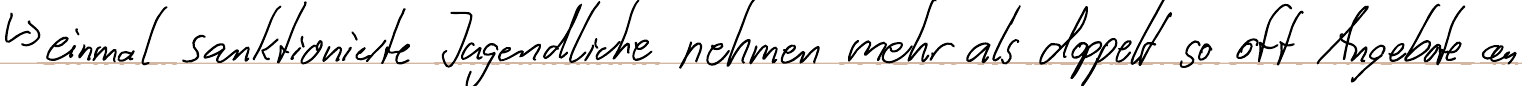
-> einmal sanktionierte Jugendliche nehmen mehr als doppelt so oft Angebote an